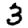
Digit: 3